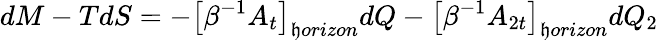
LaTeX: dM-TdS=-\left[\beta^{-1}A_{t}\right]_{\mathfrak{h}orizon}dQ-\left[\beta^{-1}A_{2t}\right]_{\mathfrak{h}orizon}dQ_{2}